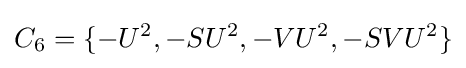
C_{6}=\{-U^{2},-SU^{2},-VU^{2},-SVU^{2}\}